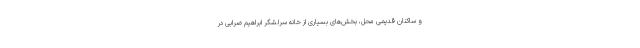
و ساکنان قدیمی محل، بخش‌های بسیاری از خانه سرلشگر ابراهیم ضرابی در